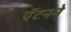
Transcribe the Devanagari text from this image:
पॅटनने